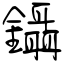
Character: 鑷